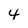
Character: 4